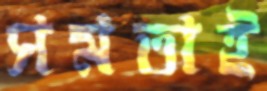
সমতাই